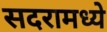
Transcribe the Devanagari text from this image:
सदरामध्ये